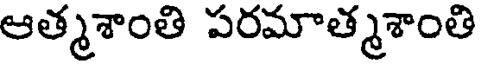
ఆత్మశాంతి పరమాత్మశాంతి